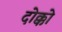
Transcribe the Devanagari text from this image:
दोक्को